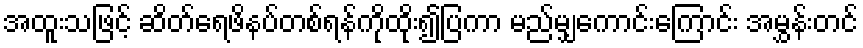
အထူးသဖြင့် ဆိတ်ရေဖိနပ်တစ်ရန်ကိုထိုး၍ပြကာ မည်မျှကောင်းကြောင်း အမွှန်းတင်